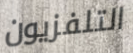
التلفزيون